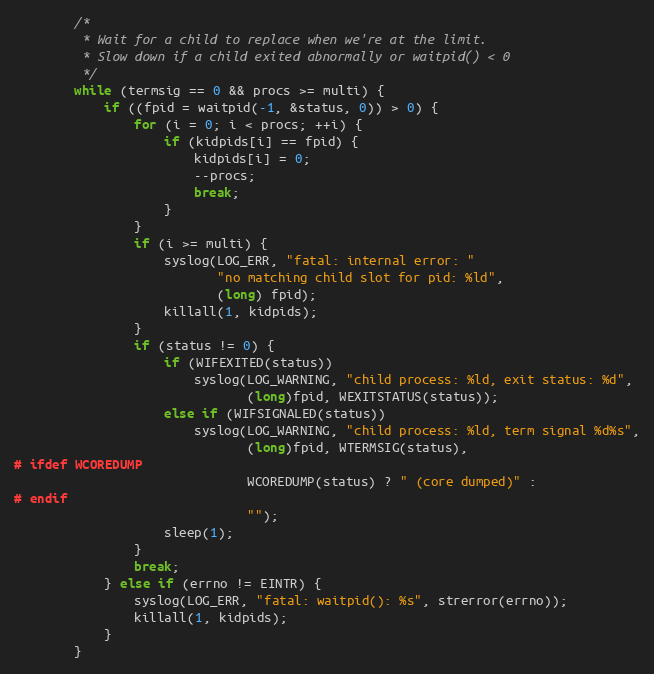
Language: C
        /*
         * Wait for a child to replace when we're at the limit.
         * Slow down if a child exited abnormally or waitpid() < 0
         */
        while (termsig == 0 && procs >= multi) {
            if ((fpid = waitpid(-1, &status, 0)) > 0) {
                for (i = 0; i < procs; ++i) {
                    if (kidpids[i] == fpid) {
                        kidpids[i] = 0;
                        --procs;
                        break;
                    }
                }
                if (i >= multi) {
                    syslog(LOG_ERR, "fatal: internal error: "
                           "no matching child slot for pid: %ld",
                           (long) fpid);
                    killall(1, kidpids);
                }
                if (status != 0) {
                    if (WIFEXITED(status))
                        syslog(LOG_WARNING, "child process: %ld, exit status: %d",
                               (long)fpid, WEXITSTATUS(status));
                    else if (WIFSIGNALED(status))
                        syslog(LOG_WARNING, "child process: %ld, term signal %d%s",
                               (long)fpid, WTERMSIG(status),
# ifdef WCOREDUMP
                               WCOREDUMP(status) ? " (core dumped)" :
# endif
                               "");
                    sleep(1);
                }
                break;
            } else if (errno != EINTR) {
                syslog(LOG_ERR, "fatal: waitpid(): %s", strerror(errno));
                killall(1, kidpids);
            }
        }